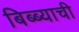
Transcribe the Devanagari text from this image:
बिब्ब्याची